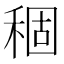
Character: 稒